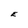
Character: E